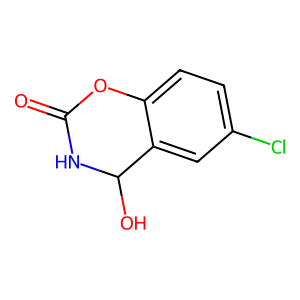
SMILES: O=C1NC(O)c2cc(Cl)ccc2O1
Inhibits HIV replication: No